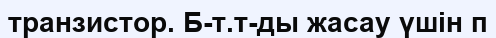
транзистор. Б-т.т-ды жасау үшін п